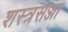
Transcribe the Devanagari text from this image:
शस्त्रसज्जा